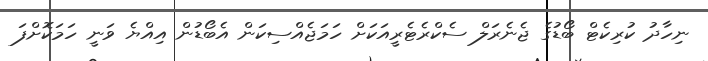
ނިހާދު ކުރިކެޓް ބޯޑުގެ ޖެނެރަލް ސެކްރެޓެރީއަކަށް ހަމަޖެއްސިކަން އެބޯޑުން އިއްޔެ ވަނީ ހަމަކޮށްފަ